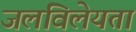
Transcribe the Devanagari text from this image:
जलविलेयता